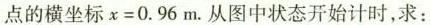
点的横坐标x=0.96m。从图中状态开始计时，求：